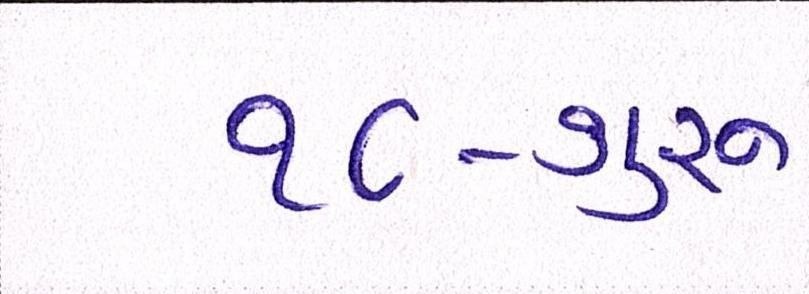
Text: ૧૮-ગુરૂ